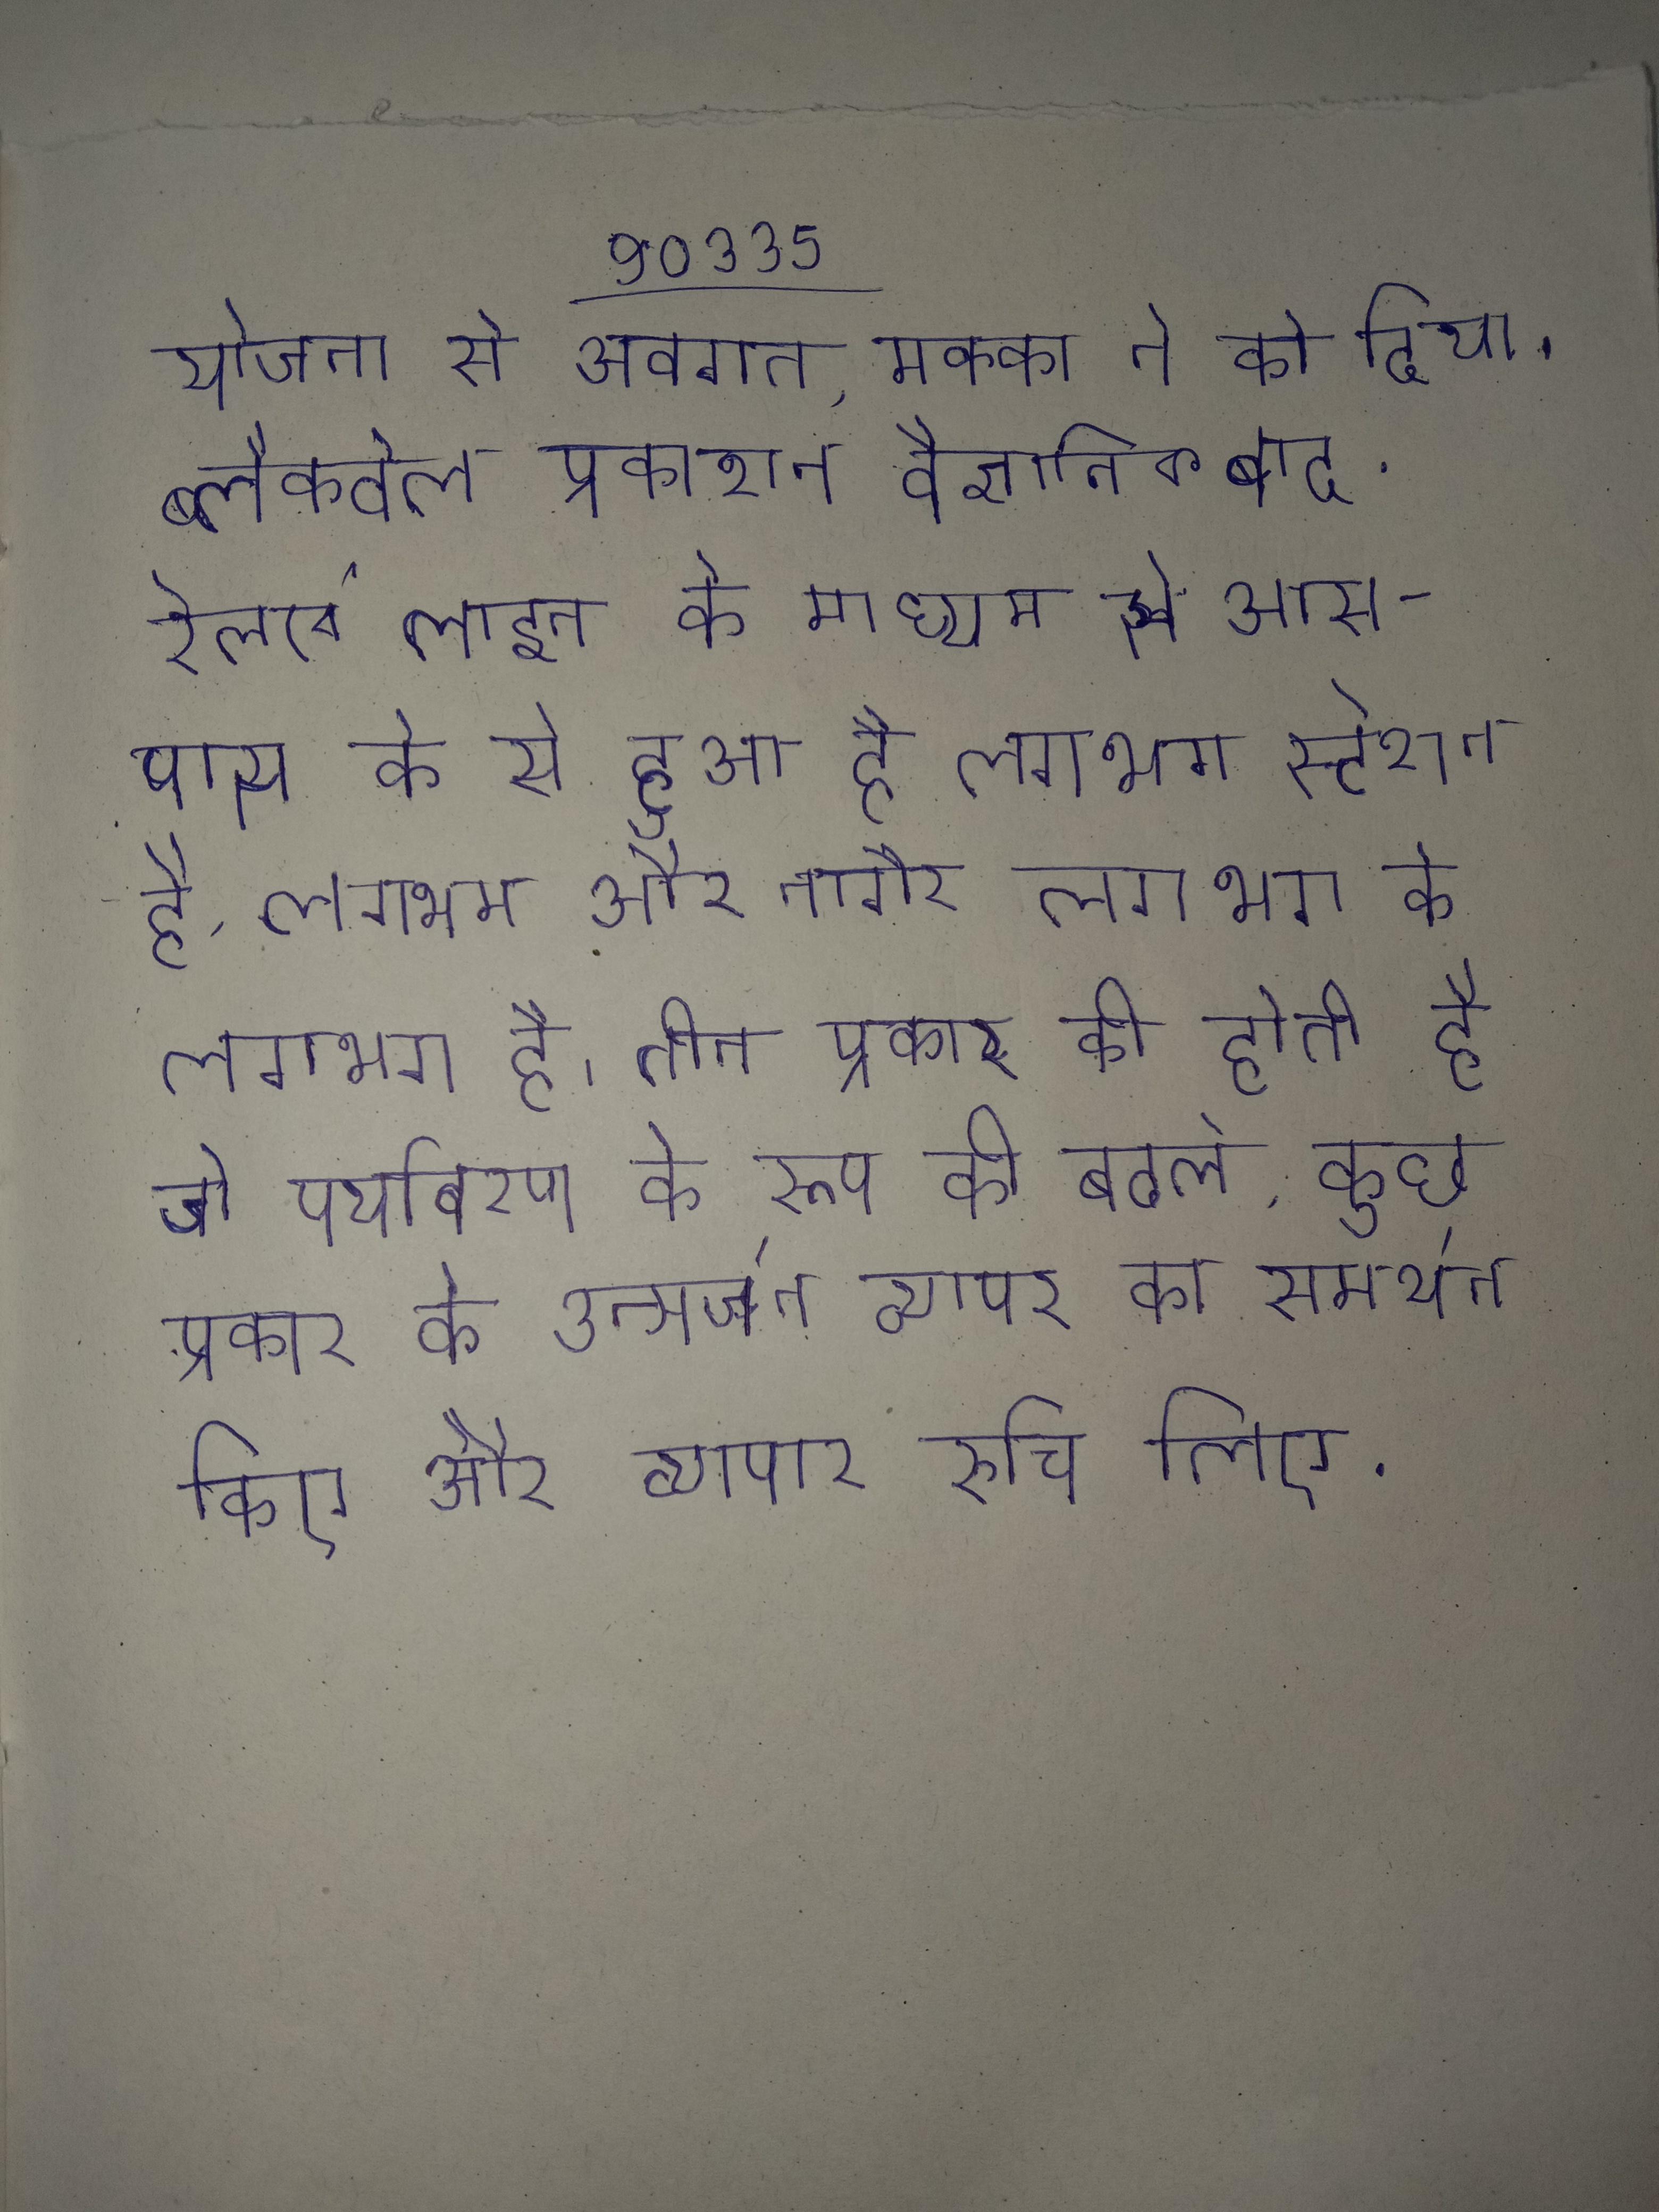
योजना से अवगत, मक्का ने को दिया । ब्लैकवेल प्रकाशन वैज्ञानिक बाद . रेलवे लाइन के माध्यम से आस-पास के से हुआ है, लगभग स्टेशन है, लगभग और नागौर लगभग के लगभग है । तीन प्रकार की होती है जो पर्यावरण के रूप को बदले, कुछ प्रकार के उत्सर्जन व्यापर का समर्थन किए और व्यापार रुचि लिए .